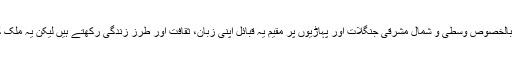
ملک کے دور دراز علاقوں، بالخصوص وسطی و شمال مشرقی جنگلات اور پہاڑیوں پر مقیم یہ قبائل اپنی زبان، ثقافت اور طرز زندگی رکھتے ہیں لیکن یہ ملک کا محروم ترین طبقہ بھی ہیں۔